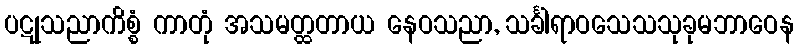
ပဋုသညာကိစ္စံ ကာတုံ အသမတ္ထတာယ နေဝသညာ, သင်္ခါရာဝသေသသုခုမဘာဝေန